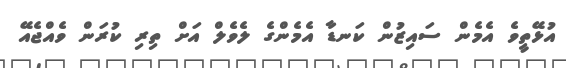
އުޅޭތީވެ އެމެން ސައިޒުން ކަނޑާ އެމެންގެ ލެވެލް އަށް ތިރި ކުރަން ވެއްޖެއޭ